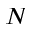
N